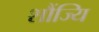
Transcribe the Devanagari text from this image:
शौंज्यि